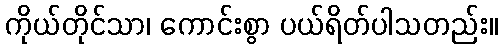
ကိုယ်တိုင်သာ၊ ကောင်းစွာ ပယ်ရိတ်ပါသတည်း။